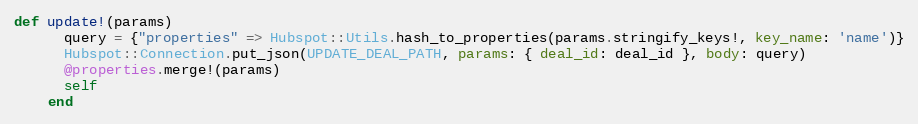
Language: Ruby
def update!(params)
      query = {"properties" => Hubspot::Utils.hash_to_properties(params.stringify_keys!, key_name: 'name')}
      Hubspot::Connection.put_json(UPDATE_DEAL_PATH, params: { deal_id: deal_id }, body: query)
      @properties.merge!(params)
      self
    end